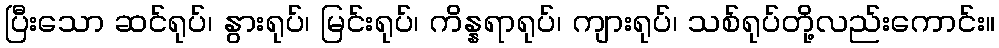
ပြီးသော ဆင်ရုပ်၊ နွားရုပ်၊ မြင်းရုပ်၊ ကိန္နရာရုပ်၊ ကျားရုပ်၊ သစ်ရုပ်တို့လည်းကောင်း။